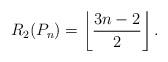
LaTeX: \begin{align*}R_2(P_n)=\left\lfloor\frac{3n-2}{2}\right\rfloor.\end{align*}